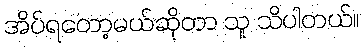
အိပ်ရတော့မယ်ဆိုတာ သူ သိပါတယ်။